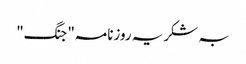
بہ شکریہ روزنامہ"جنگ"